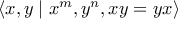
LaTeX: \langle x , y \mid x ^ { m } , y ^ { n } , x y = y x \rangle